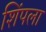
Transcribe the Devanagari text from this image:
शिंपला